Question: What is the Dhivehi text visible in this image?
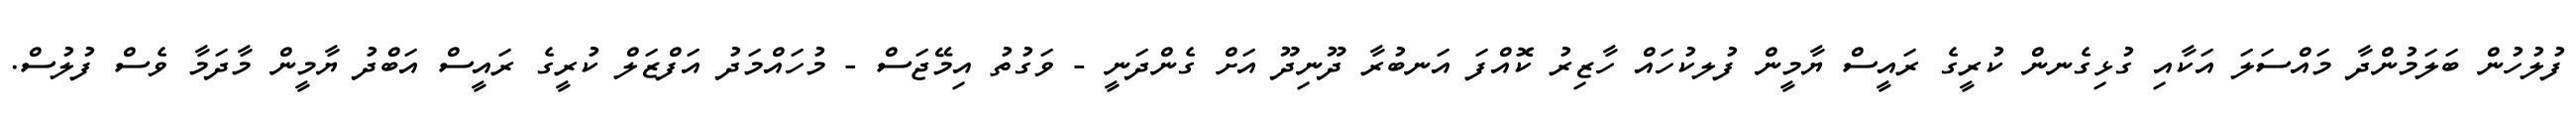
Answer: ފުލުހުން ބަލަމުންދާ މައްސަލަ އަކާއި ގުޅިގެނން ކުރީގެ ރައީސް ޔާމީން ފުލކުހައް ހާޒިރު ކޮއްފަ އަނބުރާ ދޫނިދޫ އަށް ގެންދަނީ - ވަގުތު އިމޭޖަސް - މުހައްމަދު އަފްޒަލް ކުރީގެ ރައީސް އަބްދު ޔާމީން މާދަމާ ވެސް ފުލުސް.